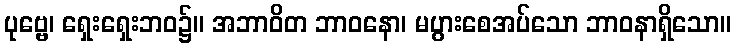
ပုဗ္ဗေ၊ ရှေးရှေးဘဝ၌။ အဘာဝိတ ဘာဝနော၊ မပွားစေအပ်သော ဘာဝနာရှိသော။